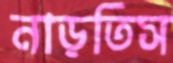
নাড়তিস